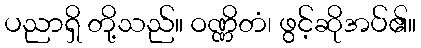
ပညာရှိ တို့သည်။ ဝဏ္ဏိတံ၊ ဖွင့်ဆိုအပ်၏။